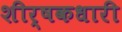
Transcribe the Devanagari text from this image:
शीर्षकधारी